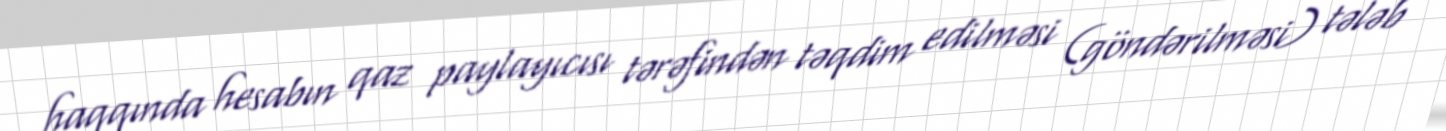
haqqında hesabın qaz paylayıcısı tərəfindən təqdim edilməsi (göndərilməsi) tələb